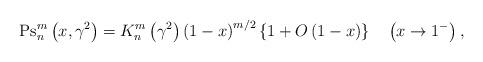
LaTeX: \begin{align*}\operatorname{Ps}_{n}^{m}\left( {x,\gamma^{2}}\right) =K_{n}^{m}\left({\gamma^{2}}\right) \left( {1-x}\right) ^{m/2}\left\{ {1+{O}\left( {1-x}\right) }\right\} \quad\left( {x\rightarrow1^{-}}\right) ,\end{align*}